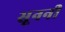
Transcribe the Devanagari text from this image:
सूननी